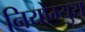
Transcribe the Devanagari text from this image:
नियोम्युरा